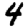
Digit: 4